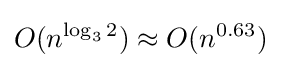
O(n^{\log _{3}{2}})\approx O(n^{0.63})